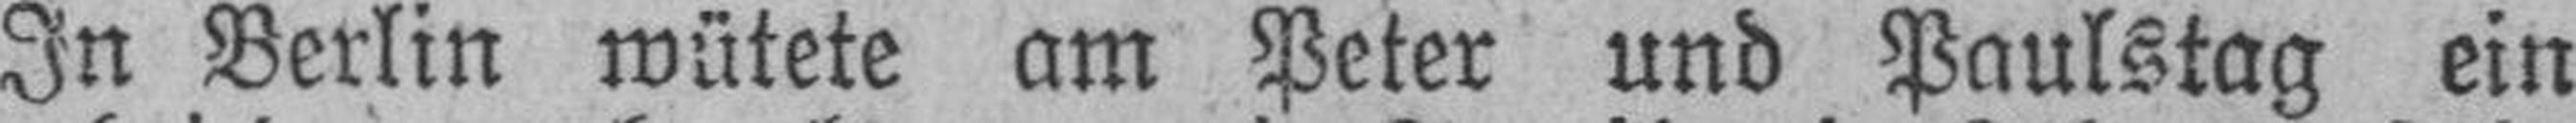
In Berlin wütete am Peter und Paulstag ein